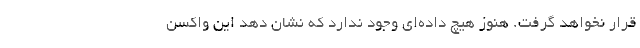
قرار نخواهد گرفت. هنوز هیچ داده‌ای وجود ندارد که نشان دهد این واکسن